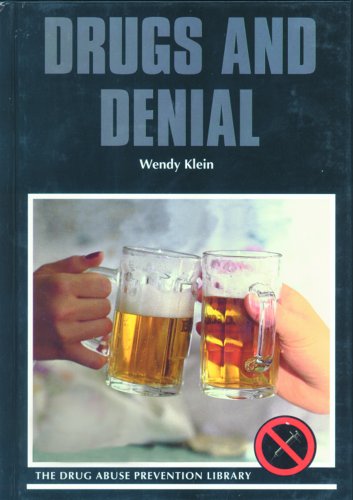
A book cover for Drugs and Denial (Drug Abuse Prevention Library); Wendy Klein; Teen & Young Adult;